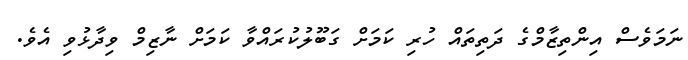
ނަމަވެސް އިންތިޒާމްގެ ދަތިތައް ހުރި ކަމަށް ގަބޫލުކުރައްވާ ކަމަށް ނާޒިމް ވިދާޅުވި އެވެ.